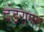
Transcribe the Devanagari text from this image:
दंडरामन